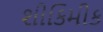
શીકિમીક